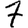
Digit: 7